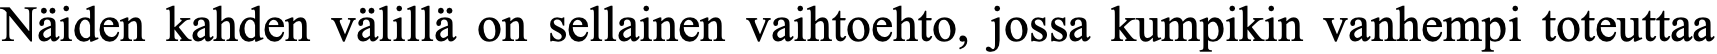
Näiden kahden välillä on sellainen vaihtoehto, jossa kumpikin vanhempi toteuttaa